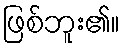
ဖြစ်ဘူး၏။